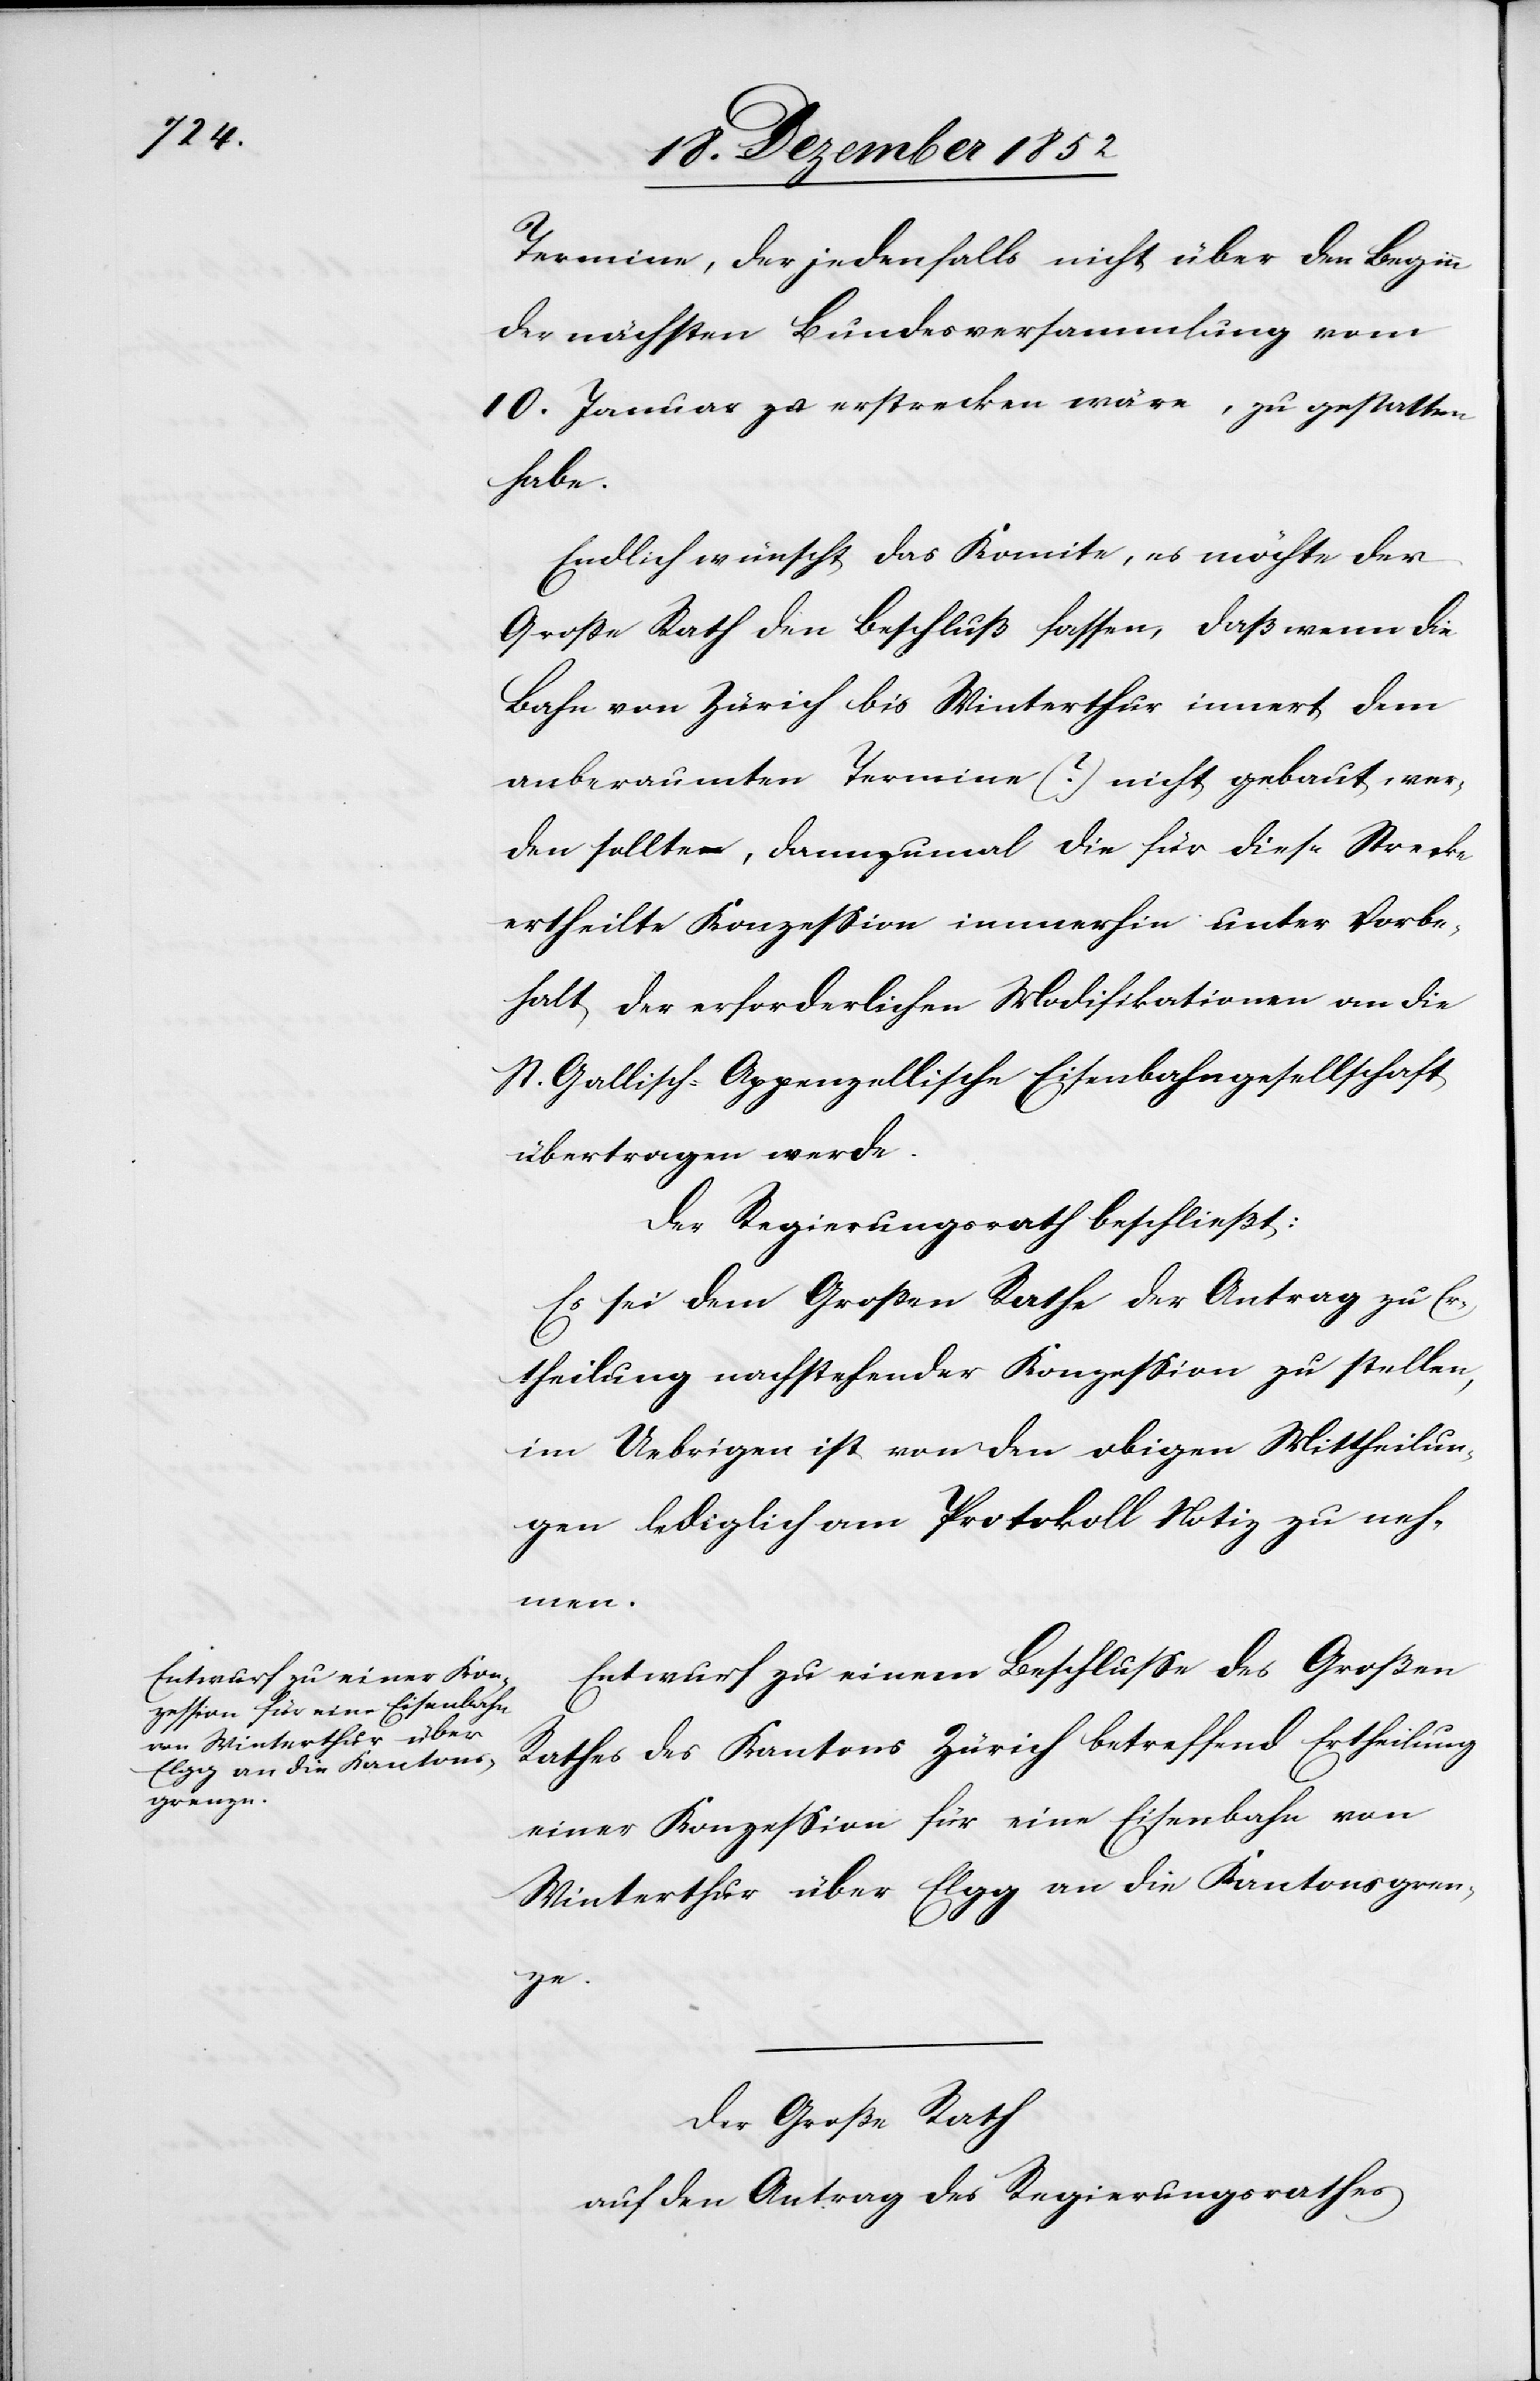
_______

Termine, der jedenfalls nicht über den Beginn
der nächsten Bundesversammlung vom
10. Januar zu erstrecken wäre, zu gestatten
habe.
Endlich wünscht das Komite, es möchte der
Große Rath den Beschluß fassen, daß wenn die
Bahn von Zürich bis Winterthur innert dem
anberaumten Termine (?) nicht gebaut wer¬
den sollte, dannzumal die für diese Strecke
ertheilte Konzession immerhin unter Vorbe¬
halt der erforderlichen Modifikationen an die
St. Gallisch-Appenzellische Eisenbahngesellschaft
übertragen werde.
Der Regierungsrath beschließt:
Es sei dem Großen Rathe der Antrag zu Er¬
theilung nachstehender Konzession zu stellen,
im Uebrigen ist von den obigen Mittheilun¬
gen lediglich am Protokoll Notiz zu neh¬
men.
Entwurf zu einem Beschlusse des Großen
Rathes des Kantons Zürich betreffend Ertheilung
einer Konzession für eine Eisenbahn von
Winterthur über Elgg an die Kantonsgren¬
ze.
Der Große Rath
auf den Antrag des Regierungsrathes